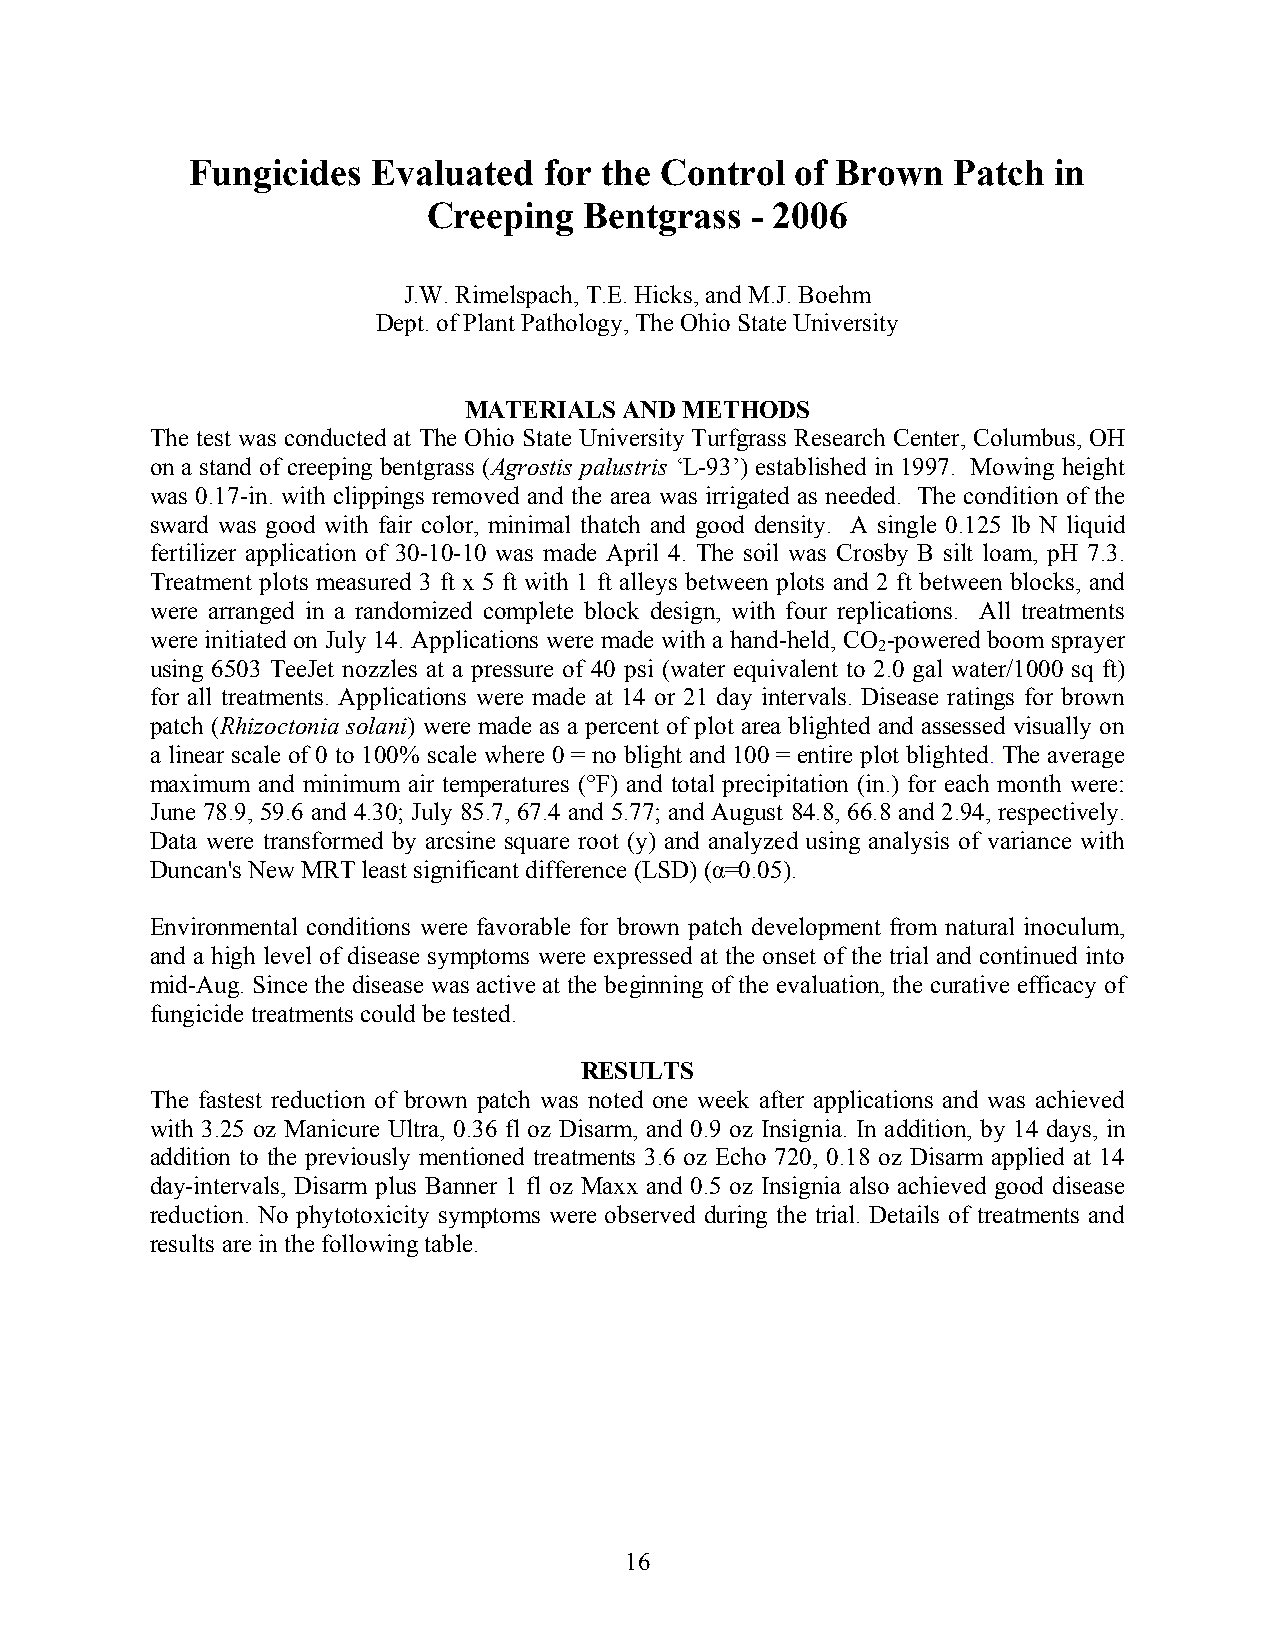
Fungicides  Evaluated  for the Control  of Brown  Patch  in
 Creeping   Bentgrass  - 2006
 J.W. Rimelspach, T.E. Hicks, and M.J. Boehm
 Dept. of Plant Pathology, The Ohio State University
 MATERIALS AND METHODS
 The test was conducted at The Ohio State University Turfgrass Research Center, Columbus, OH
 on a stand of creeping bentgrass (Agrostis palustris ‘L-93’) established in 1997. Mowing height
 was 0.17-in. with clippings removed and the area was irrigated as needed. The condition of the
 sward was good with fair color, minimal thatch and good density. A single 0.125 lb N liquid
 fertilizer application of 30-10-10 was made April 4. The soil was Crosby B silt loam, pH 7.3.
 Treatment plots measured 3 ft x 5 ft with 1 ft alleys between plots and 2 ft between blocks, and
 were arranged in a randomized complete block design, with four replications. All treatments
 were initiated on July 14. Applications were made with a hand-held, CO -powered boom sprayer
 2
 using 6503 TeeJet nozzles at a pressure of 40 psi (water equivalent to 2.0 gal water/1000 sq ft)
 for all treatments. Applications were made at 14 or 21 day intervals. Disease ratings for brown
 patch (Rhizoctonia solani) were made as a percent of plot area blighted and assessed visually on
 a linear scale of 0 to 100% scale where 0 = no blight and 100 = entire plot blighted. The average
 maximum and minimum air temperatures (°F) and total precipitation (in.) for each month were:
 June 78.9, 59.6 and 4.30; July 85.7, 67.4 and 5.77; and August 84.8, 66.8 and 2.94, respectively.
 Data were transformed by arcsine square root (y) and analyzed using analysis of variance with
 Duncan's New MRT least significant difference (LSD) (α=0.05).
 Environmental conditions were favorable for brown patch development from natural inoculum,
 and a high level of disease symptoms were expressed at the onset of the trial and continued into
 mid-Aug. Since the disease was active at the beginning of the evaluation, the curative efficacy of
 fungicide treatments could be tested.
 RESULTS
 The fastest reduction of brown patch was noted one week after applications and was achieved
 with 3.25 oz Manicure Ultra, 0.36 fl oz Disarm, and 0.9 oz Insignia. In addition, by 14 days, in
 addition to the previously mentioned treatments 3.6 oz Echo 720, 0.18 oz Disarm applied at 14
 day-intervals, Disarm plus Banner 1 fl oz Maxx and 0.5 oz Insignia also achieved good disease
 reduction. No phytotoxicity symptoms were observed during the trial. Details of treatments and
 results are in the following table.
 16